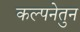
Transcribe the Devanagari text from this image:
कल्पनेतुन